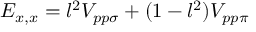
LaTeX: E _ { x , x } = l ^ { 2 } V _ { p p \sigma } + ( 1 - l ^ { 2 } ) V _ { p p \pi }